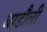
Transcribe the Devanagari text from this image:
बाडौली